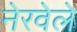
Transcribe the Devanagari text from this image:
नेरवेले